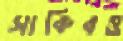
সাকিবও